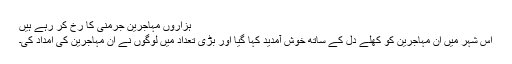
ہزاروں مہاجرین جرمنی کا رخ کر رہے ہیں
اس شہر میں ان مہاجرین کو کھلے دل کے ساتھ خوش آمدید کہا گیا اور بڑی تعداد میں لوگوں نے ان مہاجرین کی امداد کی۔